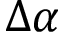
\Delta \alpha